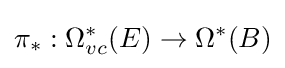
\pi _{*}:\Omega _{vc}^{*}(E)\to \Omega ^{*}(B)